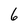
Character: 6